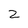
Character: Z